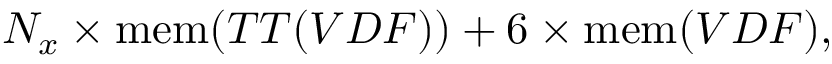
N _ { x } \times \mathrm { m e m } ( T T ( V D F ) ) + 6 \times \mathrm { m e m } ( V D F ) ,